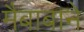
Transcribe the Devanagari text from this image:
मैबाबाने